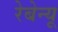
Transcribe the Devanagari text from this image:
रेबेन्यू